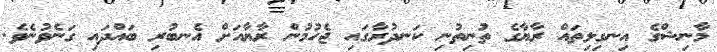
މާނިޝްގެ އިނގިލިތައް ރާޔާގެ ތުނިތުނި ކަނދުރާގައި ޖެހުމުން ރާޔާއަށް އެނބުރި ބައްދައި ގަނެވުނެވެ.